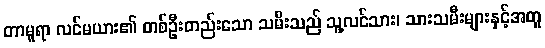
တာမူရာ လင်မယား၏ တစ်ဦးတည်းသော သမီးသည် သူ့လင်သား၊ သားသမီးများနှင့်အတူ